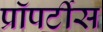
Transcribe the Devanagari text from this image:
प्रॉपर्टीस